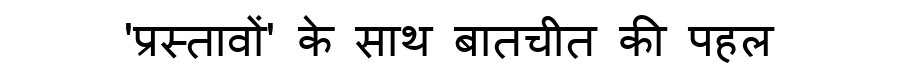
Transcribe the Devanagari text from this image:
'प्रस्तावों' के साथ बातचीत की पहल